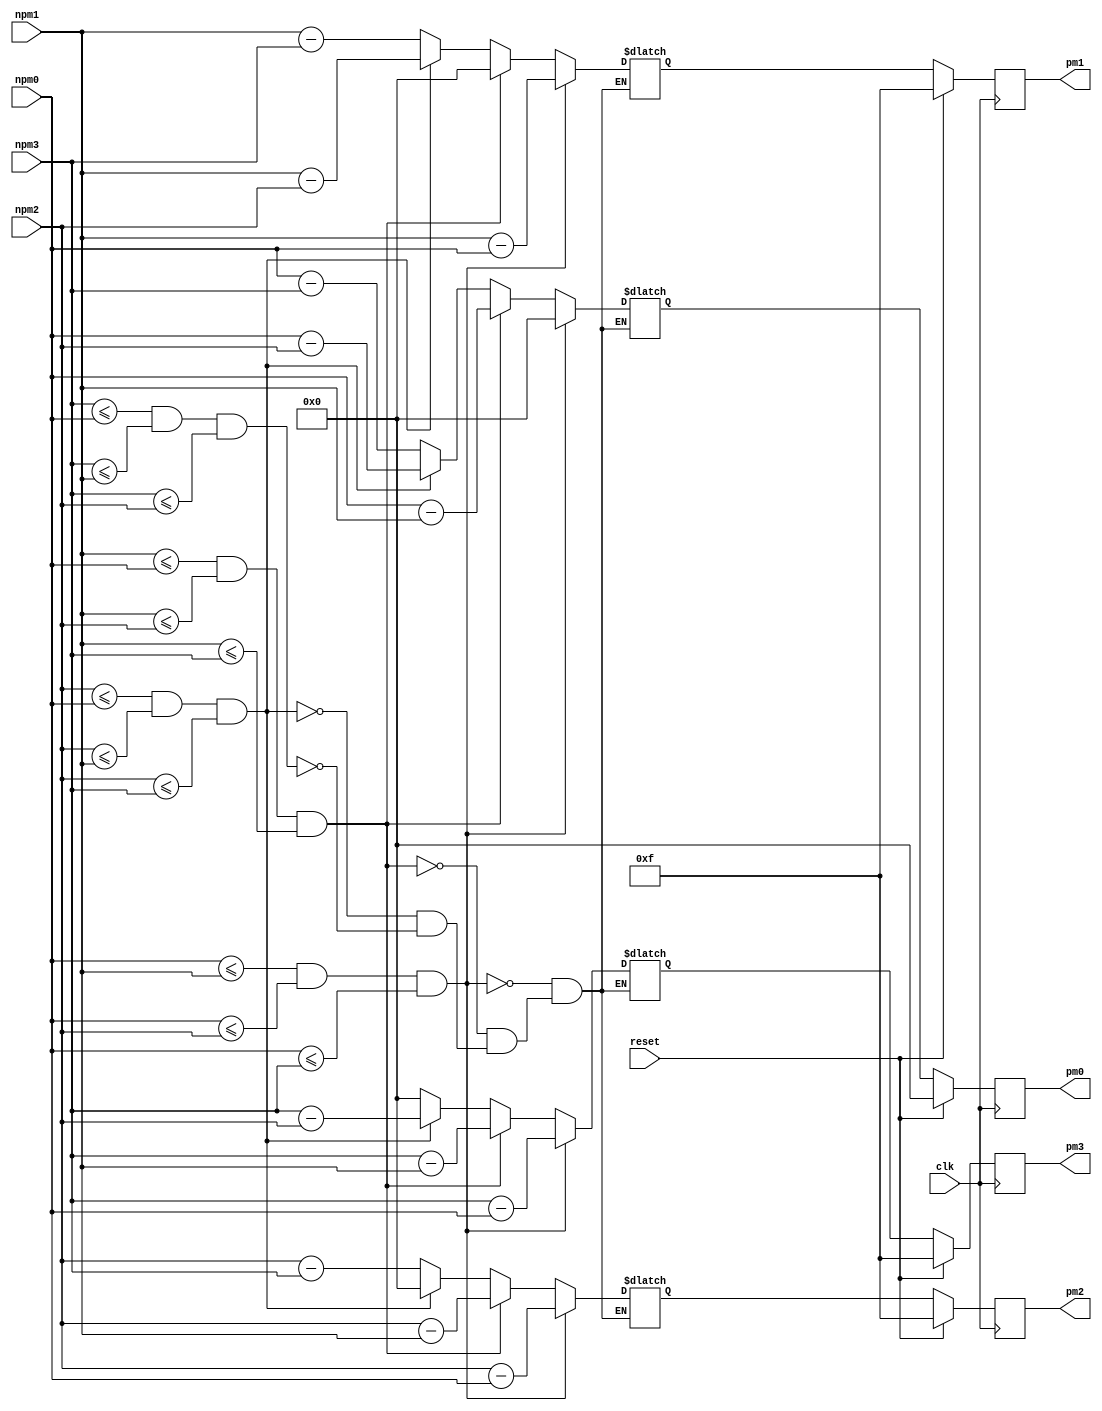
module pmsm (npm0, npm1, npm2, npm3, pm0, pm1, pm2, pm3, clk, reset);
   output [3:0] pm0, pm1, pm2, pm3;
   input  	clk, reset;
   input [3:0] 	npm0, npm1, npm2, npm3;
   reg [3:0] 	pm0, pm1, pm2, pm3;
   reg [3:0] 	npm0norm, npm1norm, npm2norm, npm3norm;
   parameter saturating_value = 4'd15;
   always @ (npm0 or npm1 or npm2 or npm3)
	 begin
	   if ((npm0 <= npm1)&&(npm0 <= npm2)&&(npm0 <= npm3))
	     begin
	       npm0norm <= 0;
	       npm1norm <= npm1-npm0;
	       npm2norm <= npm2-npm0;
	       npm3norm <= npm3-npm0;
	     end
	   else if ((npm1 <= npm0)&&(npm1 <= npm2)&&(npm1 <= npm3))
	     begin
	       npm0norm <= npm0-npm1;
	       npm1norm <= 0;
	       npm2norm <= npm2-npm1;
	       npm3norm <= npm3-npm1;
	     end
	   else if ((npm2 <= npm0)&&(npm2 <= npm1)&&(npm2 <= npm3))
	     begin
	       npm0norm <= npm0-npm2;
	       npm1norm <= npm1-npm2;
	       npm2norm <= 0;
	       npm3norm <= npm3-npm2;
	     end
	   else if ((npm3 <= npm0)&&(npm3 <= npm1)&&(npm3 <= npm2))
	     begin
	       npm0norm <= npm0-npm3;
	       npm1norm <= npm1-npm3;
	       npm2norm <= npm2-npm3;
	       npm3norm <= 0;
	     end
	 end 
   always @ (posedge clk)
	 begin
		if (reset)
		  begin
		    pm0 <= 4'd0;
		    pm1 <= saturating_value;
		    pm2 <= saturating_value;
		    pm3 <= saturating_value;
		  end
		else
		  begin
		    pm0 <= npm0norm;
		    pm1 <= npm1norm;
		    pm2 <= npm2norm;
		    pm3 <= npm3norm;
		  end
	 end 
endmodule